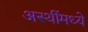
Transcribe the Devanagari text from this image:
अस्थींमध्ये